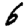
Digit: 6